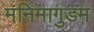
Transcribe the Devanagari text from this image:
मनिमागुडम